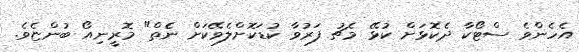
އެހެންވެ ސްޓޯކާ ދެކޮޅަށް ކުޅޭ މެޗު ފަރުވާ ކުޑަކޮށްލެވޭކަށް ނެެތް" މޮރީނިއޯ ބުންޏެވެ.